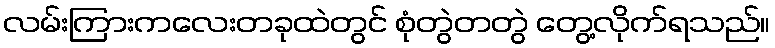
လမ်းကြားကလေးတခုထဲတွင် စုံတွဲတတွဲ တွေ့လိုက်ရသည်။